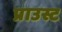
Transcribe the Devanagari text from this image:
प्राउस्ट